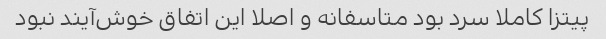
پیتزا کاملا سرد بود متاسفانه و اصلا این اتفاق خوش‌آیند نبود